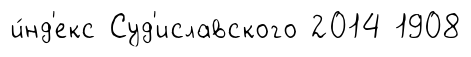
и́нд'екс Суд'иславского 2014 1908